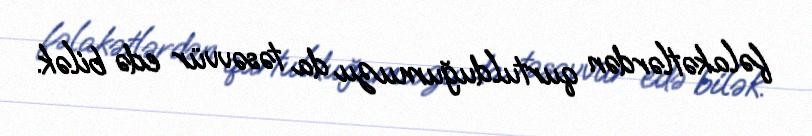
fəlakətlərdən qurtulduğumuzu da təsəvvür edə bilək.